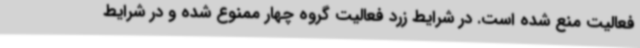
فعالیت منع شده است. در شرایط زرد فعالیت گروه چهار ممنوع شده و در شرایط